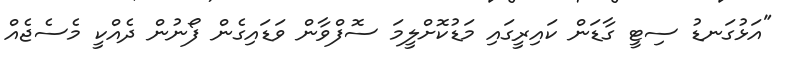
"އަޅުގަނޑު ސިޓީ ގާޑަން ކައިރީގައި މަޑުކޮށްލީމަ ސޮފްވާން ވަޑައިގެން ފޯނުން ދެއްކީ މެސެޖެއް